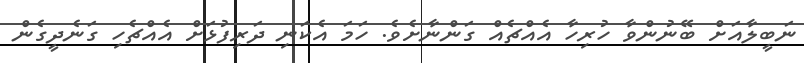
ނަބީލާއަށް ބޭނުންވާ ހުރިހާ އެއްޗެއް ގަންނާށެވެ. ހަމަ އެކަނި ދަރިފުޅަށް އެއްޗެހި ގަނެދީގެން